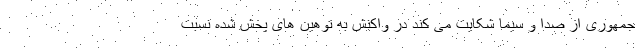
جمهوری از صدا و سیما شکایت می کند در واکنش به توهین های پخش شده نسبت